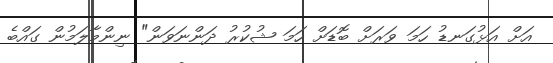
އަށް އަޅުގަނޑު ހަމަ ވަރަށް ބޮޑަށް ހަމަ ޝުކުރު ދަންނަވަން" ނިންމާލަމުން ގައްބެ